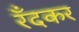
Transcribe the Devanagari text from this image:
रँदकर